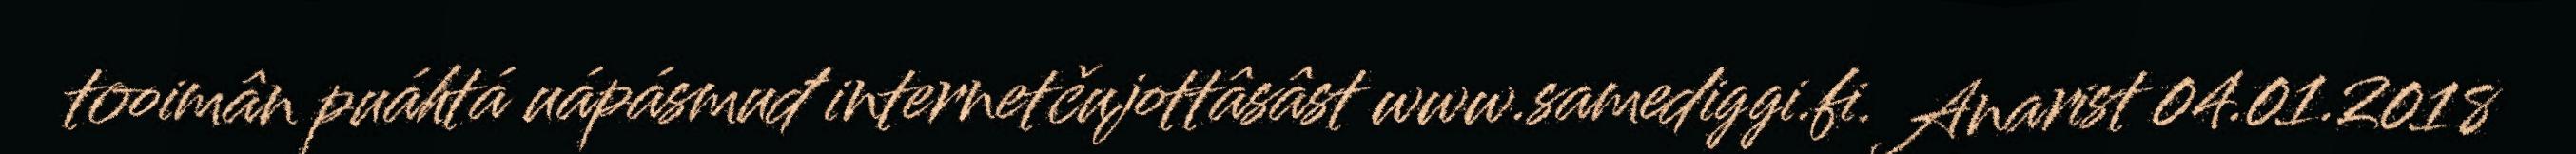
tooimân puáhtá uápásmuđ internetčujottâsâst www.samediggi.fi. Anarist 04.01.2018